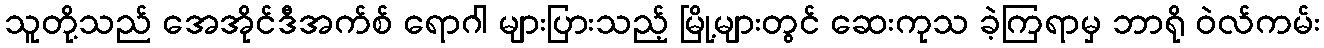
သူတို့သည် အေအိုင်ဒီအက်စ် ရောဂါ များပြားသည့် မြို့များတွင် ဆေးကုသ ခဲ့ကြရာမှ ဘာရို ဝဲလ်ကမ်း